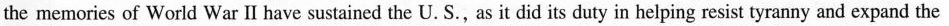
the memories of World War Ⅱ have sustained the U.S., as it did its duty in helping resist tyranny and expand the